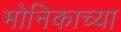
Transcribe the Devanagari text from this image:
मोनिकाच्या